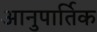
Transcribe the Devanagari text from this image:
आनुपार्तिक